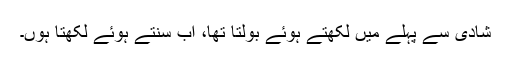
شادی سے پہلے میں‌ لکھتے ہوئے بولتا تھا، اب سنتے ہوئے لکھتا ہوں‌۔